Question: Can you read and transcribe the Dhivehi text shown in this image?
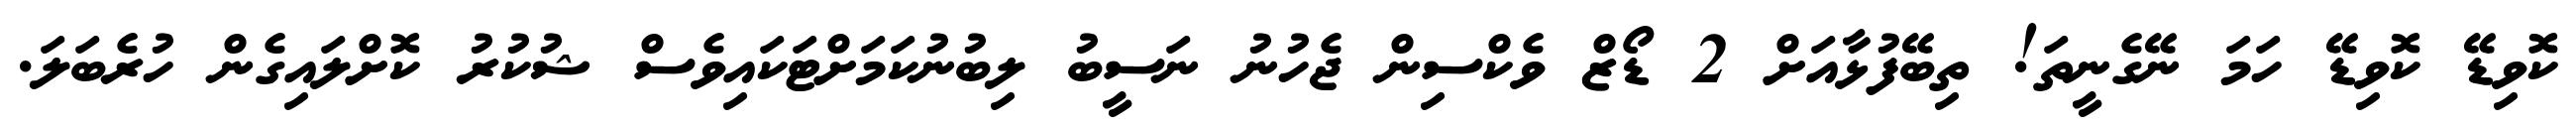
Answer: ކޮވިޑޭ ކޮވިޑޭ ހަމަ ނޭގެނީތަ! ތިބޭފުޅާއަށް 2 ޑޯޒް ވެކްސިން ޖެހުނު ނަސީބު ލިބުނުކަމަށްޓަކައިވެސް ޝުކުރު ކޮށްލައިގެން ހުރެބަލަ.